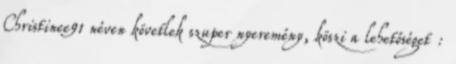
Christinee91 néven követlek szuper nyeremény, köszi a lehetőséget :